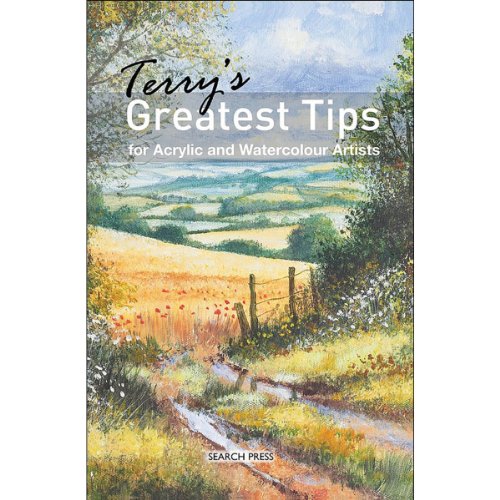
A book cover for Terry's Greatest Tips for Acrylic and Watercolour Artists; Terry Harrison; Arts & Photography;